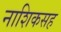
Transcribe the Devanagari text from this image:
नाशिकसह